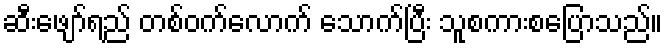
ဆီးဖျော်ရည် တစ်ဝက်လောက် သောက်ပြီး သူစကားစပြောသည်။